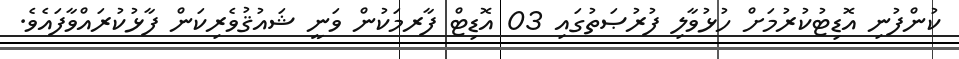
ކުންފުނި އޮޑިޓުކުރުމަށް ހުޅުވާލި ފުރުޞަތުގައި 03 އޮޑިޓް ފާރމަކުން ވަނީ ޝައުޤުވެރިކަން ފާޅުކުރައްވާފައެވެ.